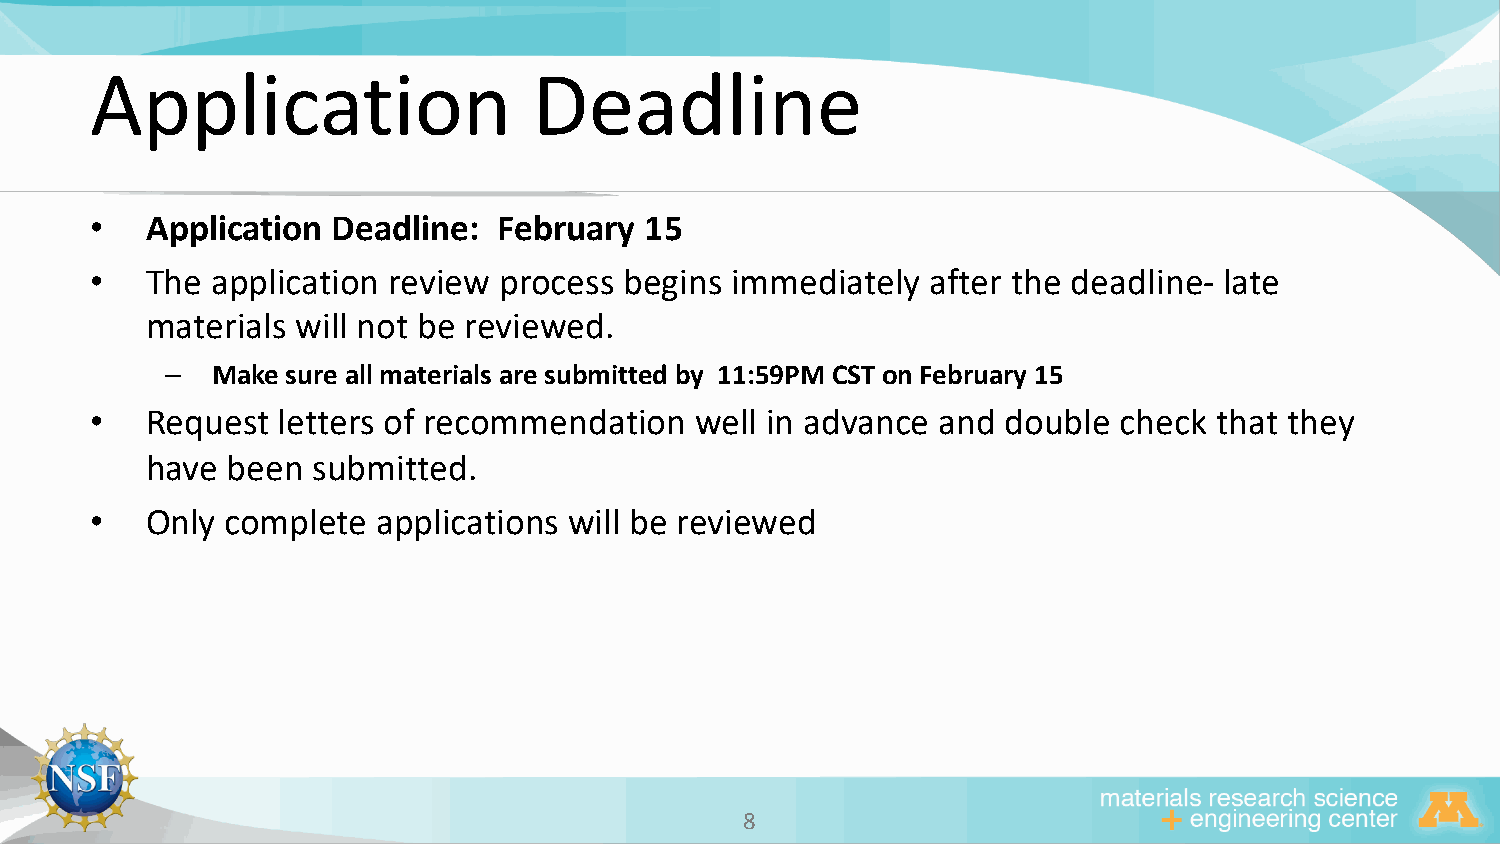
Application                  Deadline
 •   Application Deadline:  February  15
 •   The application review process begins immediately   after the deadline- late
 materials will not be reviewed.
 –  Make sure all materials are submitted by 11:59PM CST on February 15
 •   Request letters of recommendation   well in advance and  double check  that they
 have been  submitted.
 •   Only complete  applications will be reviewed
 88